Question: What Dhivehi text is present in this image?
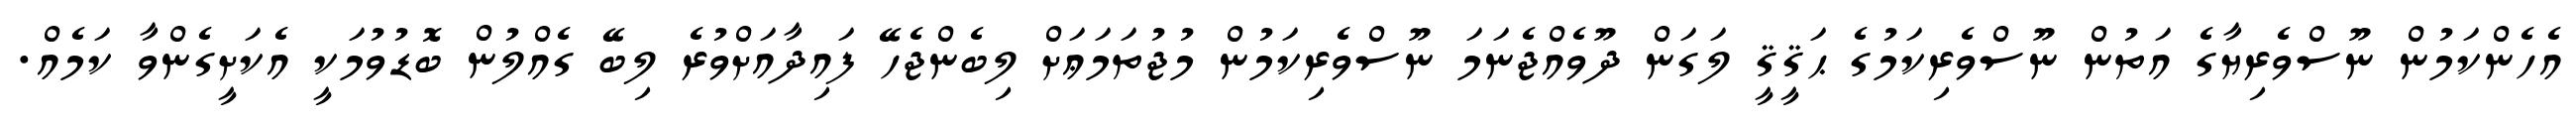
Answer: އެހެންކަމުން ނޫސްވެރިޔާގެ އަތުން ނޫސްވެރިކަމުގެ ޙަޤީޤީ ލަގަން ދޫވެއްޖެނަމަ ނޫސްވެރިކަމުން މުޖުތަމަޢަށް ލިބެންޖެހޭ ފައިދާއަށްވުރެ ލިބޭ ގެއްލުން ބޮޑުވުމަކީ އެކަށީގެންވާ ކަމެއް.